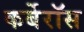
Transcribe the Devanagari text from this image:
कर्बेरॉस